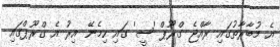
އެ މުބާރާތުގައި ރާއްޖެ ގްރޫޕް 'ސީ' ގައި ހިމެނޭ އިރު އެ ގްރޫޕްގައި